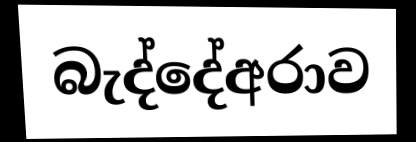
බැද්දේඅරාව